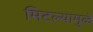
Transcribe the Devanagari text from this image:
मिटल्यामुळे